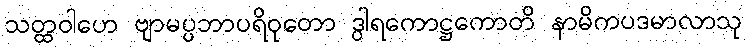
သတ္ထဝါဟေ ဗျာမပ္ပဘာပရိဝုတော ဒွါရကောဋ္ဌကောတိ နာမိကပဒမာလာသု